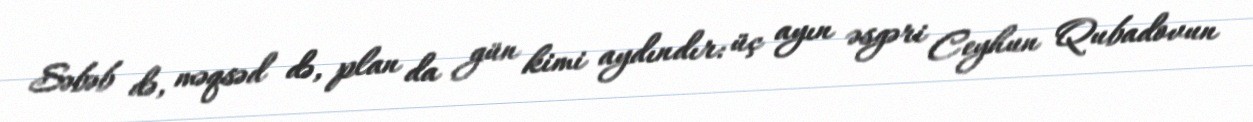
Səbəb də, məqsəd də, plan da gün kimi aydındır: üç ayın əsgəri Ceyhun Qubadovun